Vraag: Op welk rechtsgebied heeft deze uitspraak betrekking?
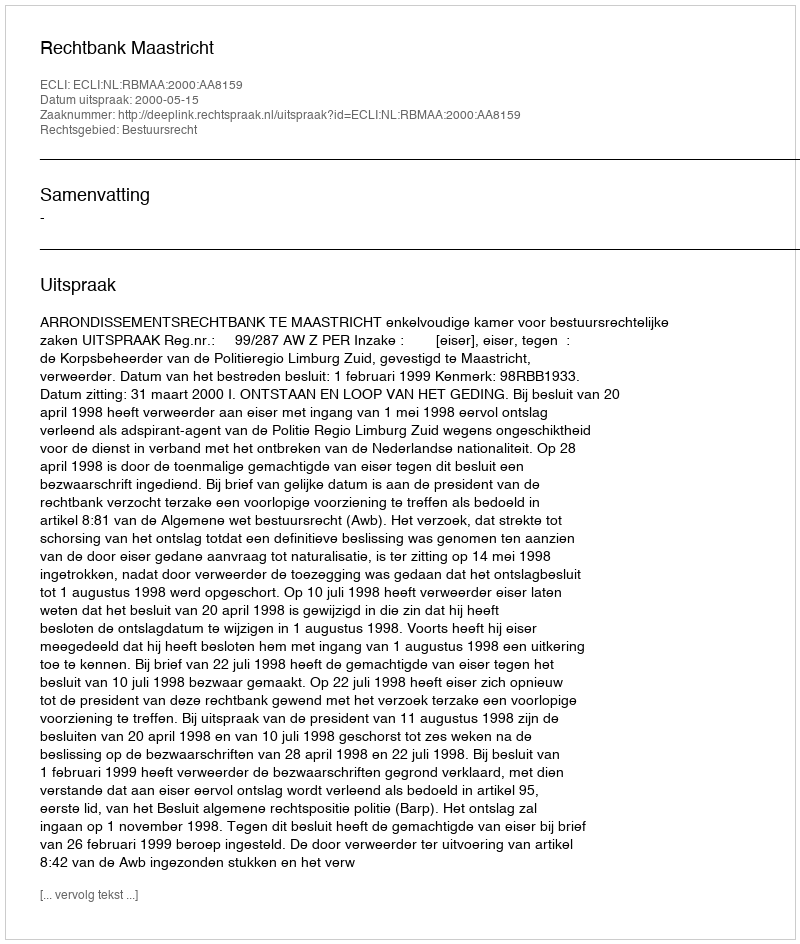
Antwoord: Bestuursrecht